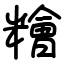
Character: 糩